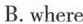
B. where